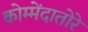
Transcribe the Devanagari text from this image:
कोम्मेंदातोरे